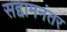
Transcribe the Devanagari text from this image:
सद्दामनंतर